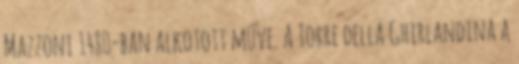
Mazzoni 1480-ban alkotott műve. A Torre della Ghirlandina a